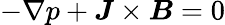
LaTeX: -\nabla p+\boldsymbol{J}\times\boldsymbol{B}=0